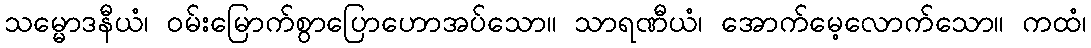
သမ္မောဒနီယံ၊ ဝမ်းမြောက်စွာပြောဟောအပ်သော။ သာရဏီယံ၊ အောက်မေ့လောက်သော။ ကထံ၊